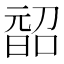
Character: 𭦨